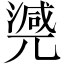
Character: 𣾃